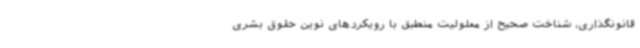
قانونگذاری، شناخت صحیح از معلولیت منطبق با رویکردهای نوین حقوق بشری